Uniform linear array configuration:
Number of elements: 32
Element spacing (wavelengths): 0.25
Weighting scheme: cosine
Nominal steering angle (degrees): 0
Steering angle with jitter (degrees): -1.971
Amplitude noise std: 0.05
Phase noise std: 0.05

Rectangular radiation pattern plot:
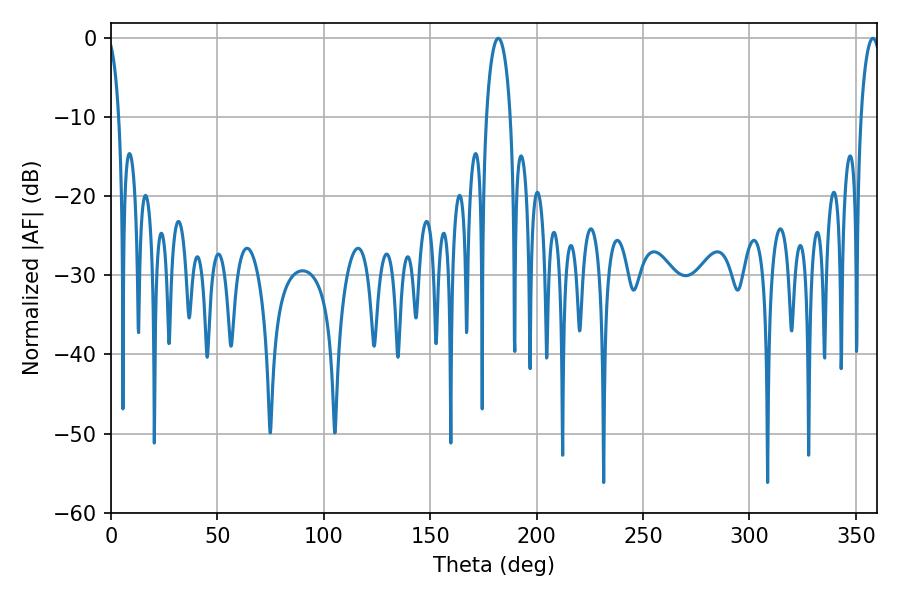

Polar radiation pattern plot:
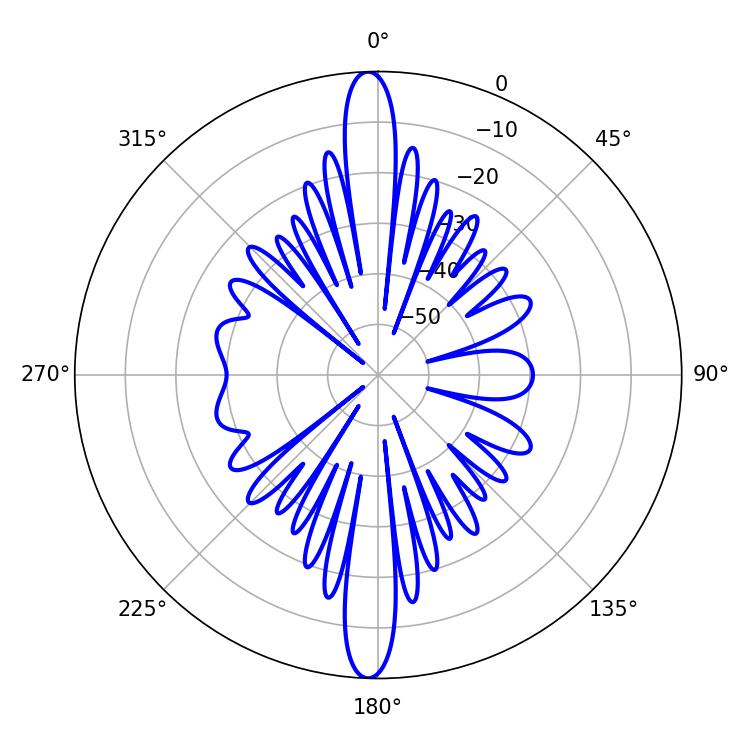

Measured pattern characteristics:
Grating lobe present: FALSE
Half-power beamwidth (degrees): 6.48
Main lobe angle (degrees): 181.98